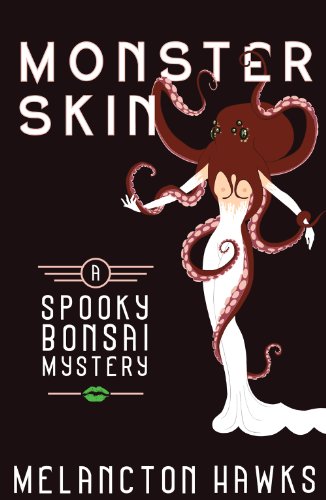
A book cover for Monster Skin (Spooky Bonsai); Melancton Hawks; Romance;